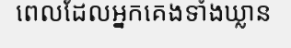
ពេលដែលអ្នកគេងទាំងឃ្លាន